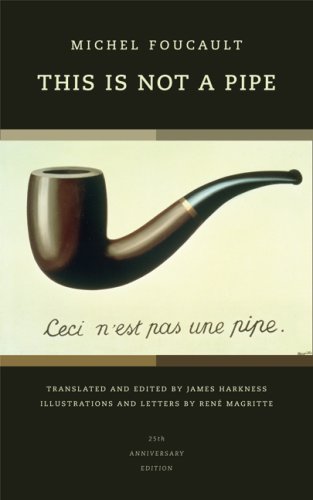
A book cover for This Is Not a Pipe (Quantum Books); Michel Foucault; Literature & Fiction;